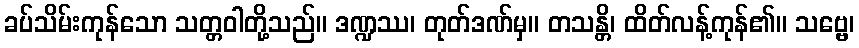
ခပ်သိမ်းကုန်သော သတ္တဝါတို့သည်။ ဒဏ္ဍဿ၊ တုတ်ဒဏ်မှ။ တသန္တိ၊ ထိတ်လန့်ကုန်၏။ သဗ္ဗေ၊